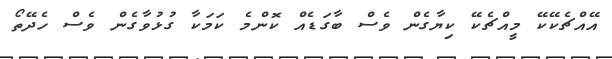
އޭއްޗެކޭކޭ މީއްޗެކޭ ކިޔާގެން ވެސް ބާގަޑެއް ކޮންމެ ކަމަކާ ގުޅުވާގެން ވެސް ހެދޭތޯ